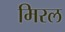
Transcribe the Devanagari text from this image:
मिरल